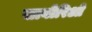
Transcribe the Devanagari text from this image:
साबोरिओ